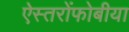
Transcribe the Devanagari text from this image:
ऐस्तरोंफोबीया